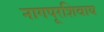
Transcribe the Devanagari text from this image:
नागपूरशिवाय